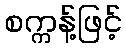
စက္ကန့်ဖြင့်